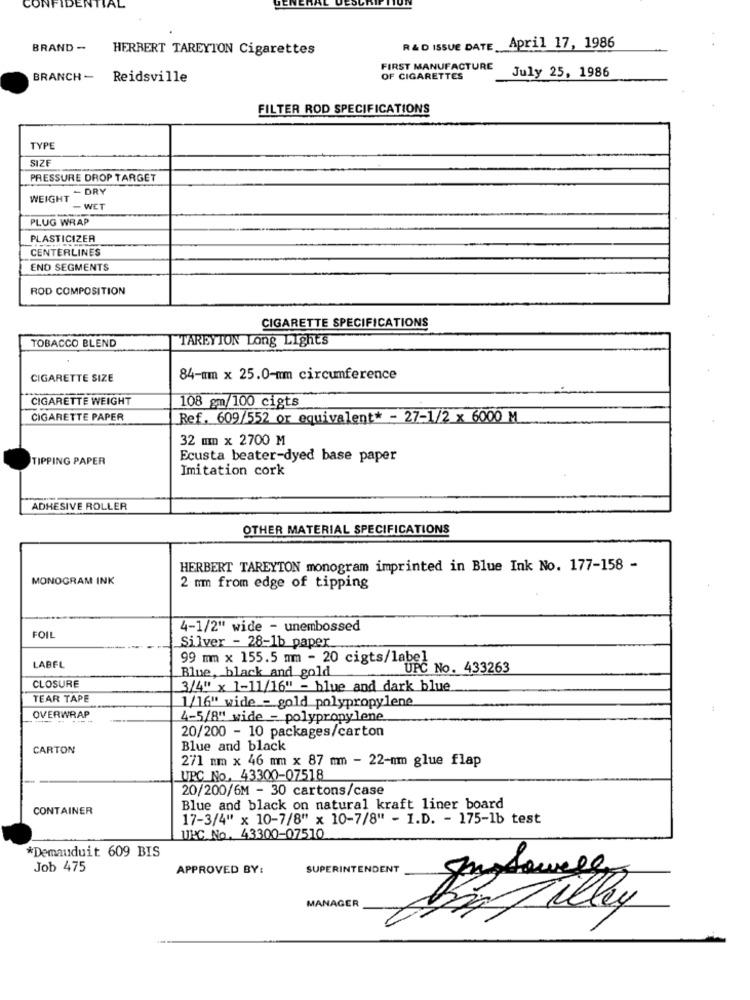
CONFIDENTIAL
BRAND -
HERBERT TAREYTON Cigarettes
R & D ISSUE DATE April 17, 1986
FIRST MANUFACTURE
July 25, 1986
BRANCH-
Reidsville
OF CIGARETTES
FILTER ROD SPECIFICATIONS
TYPE
SIZE
PRESSURE DROP TARGET
- DRY
WEIGHT
- WET
PLUG WRAP
PLASTICIZER
CENTERLINES
END SEGMENTS
ROD COMPOSITION
CIGARETTE SPECIFICATIONS
TAREYION Long Lights
TOBACCO BLEND
CIGARETTE SIZE
84-mm x 25.0-mm circumference
CIGARETTE WEIGHT
108 gm/100 cigts
CIGARETTE PAPER
Ref. 609/552 or equivalent* - 27-1/2 x 6000 M
32 mm x 2700 M
TIPPING PAPER
Ecusta beater-dyed base paper
Imitation cork
ADHESIVE ROLLER
OTHER MATERIAL SPECIFICATIONS
HERBERT TAREYTON monogram imprinted in Blue Ink No. 177-158 -
MONOGRAM INK
2 mm from edge of tipping
FOIL
4-1/2" wide - unembossed
Silver - 28-1b paper
LABEL
99 mm x 155.5 mm - 20 cigts/label
UPC No. 433263
CLOSURE
Blue, black and gold
3/4" x 1-11/16" - blue and dark blue
TEAR TAPE
1/16" wide - gold polypropylene
OVERWRAP
4-5/8" wide - polypropylene
20/200 - 10 packages/carton
CARTON
Blue and black
271 mm × 46 mm × 87 mm - 22-mm glue flap
UPC No, 43300-07518
20/200/6M - 30 cartons/case
CONTAINER
Blue and black on natural kraft liner board
17-3/4" x 10-7/8" × 10-7/8" - I.D. - 175-1b test
UNG No. 43300-07510
*Demauduit 609 BIS
Job 475
APPROVED BY:
SUPERINTENDENT
MANAGER